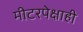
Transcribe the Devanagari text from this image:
मीटरपेक्षाही